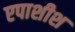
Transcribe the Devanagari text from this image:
एपाशीश